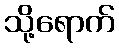
သို့ရောက်